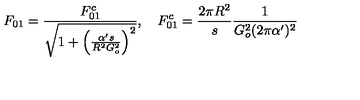
F _ { 0 1 } = \frac { F _ { 0 1 } ^ { c } } { \sqrt { 1 + \left( \frac { \alpha ^ { \prime } s } { R ^ { 2 } G _ { o } ^ { 2 } } \right) ^ { 2 } } } , \quad F _ { 0 1 } ^ { c } = \frac { 2 \pi R ^ { 2 } } { s } \frac { 1 } { G _ { o } ^ { 2 } ( 2 \pi \alpha ^ { \prime } ) ^ { 2 } }